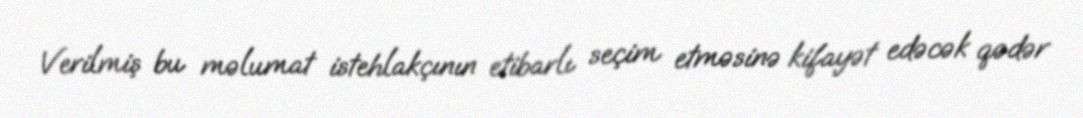
Verilmiş bu məlumat istehlakçının etibarlı seçim etməsinə kifayət edəcək qədər